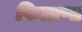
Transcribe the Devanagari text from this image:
फिलाप्स